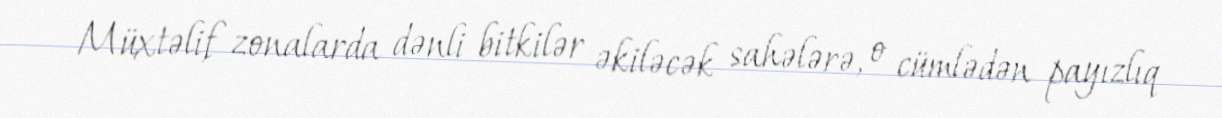
Müxtəlif zonalarda dənli bitkilər əkiləcək sahələrə, o cümlədən payızlıq